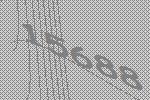
15688